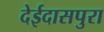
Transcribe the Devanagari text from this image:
देईदासपुरा